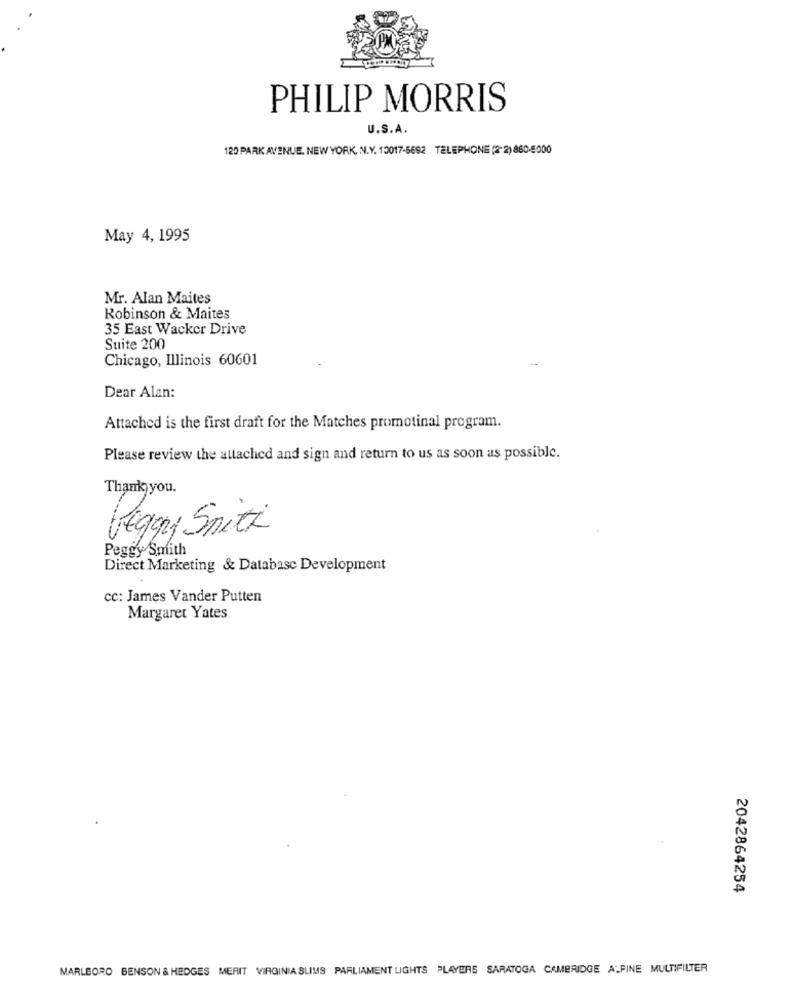
PHILIP MORRIS
U.S.A.
120 PARK AVENUE, NEW YORK, N.Y. 10017-5692 TELEPHONE ( 2) 860-5000
May 4, 1995
Mr. Alan Maites
Robinson & Maites
35 East Wacker Drive
Suite 200
Chicago, Illinois 60601
Dear Alan:
Attached is the first draft for the Matches promotinal program.
Please review the attached and sign and return to us as soon as possible.
Thank you.
Péguy Snitt
Peggy Smith
Direct Marketing & Database Development
CC: James Vander Putten
Margaret Yates
2042864254
MARLBORO BENSON & HEDGES MERIT VIRGINIA SLIMS PARLIAMENT LIGHTS PLAYERS SARATOGA CAMBRIDGE ALPINE MULTIFILTER